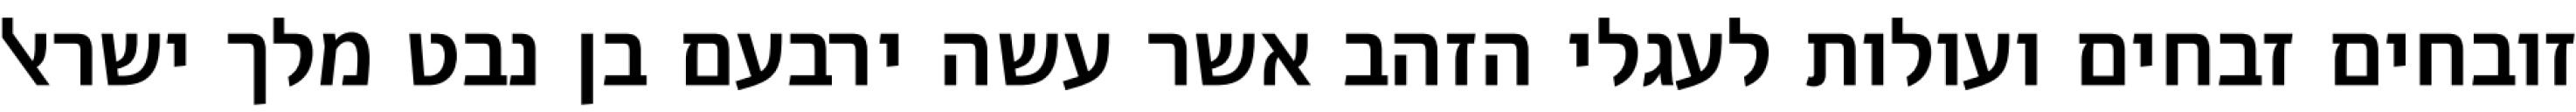
זובחים זבחים ועולות לעגלי הזהב אשר עשה ירבעם בן נבט מלך ישראל